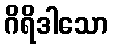
ဂိရိဒါသော